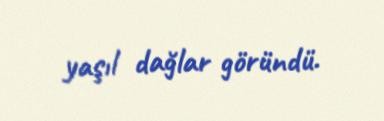
yaşıl dağlar göründü.